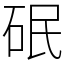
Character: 䂥